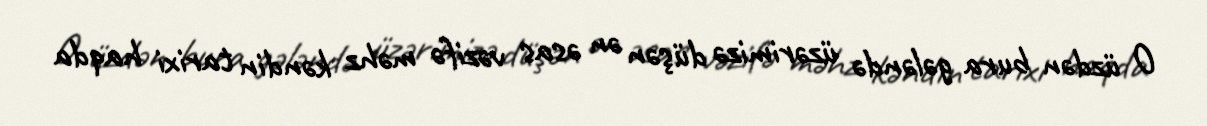
O üzdən bura gələndə üzərimizə düşən ən əsas vəzifə məhz kəndin tarixi haqda